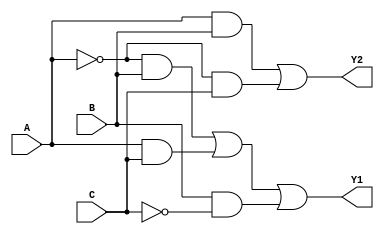
module combinational_logic (
    input wire A,  // Input A
    input wire B,  // Input B
    input wire C,  // Input C
    output wire Y1, // Output Y1
    output wire Y2  // Output Y2
);

// Minimized Boolean expressions
// Assume Y1 = A'B + AC + BC' (SOP form)
// Assume Y2 = AB + A'C (SOP form)

// Intermediate signals for clarity
wire A_not, B_not, C_not;

// Invert inputs
not (A_not, A);
not (B_not, B);
not (C_not, C);

// Logic for Y1
wire term1, term2, term3;
and (term1, A_not, B);    // A'B
and (term2, A, C);        // AC
and (term3, B, C_not);    // BC'
or (Y1, term1, term2, term3); // Y1 = A'B + AC + BC'

// Logic for Y2
wire term4, term5;
and (term4, A, B);        // AB
and (term5, A_not, C);    // A'C
or (Y2, term4, term5);    // Y2 = AB + A'C

endmodule